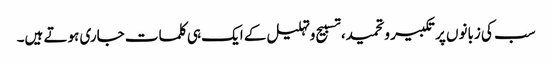
سب کی زبانوں پر تکبیر وتحمید، تسبیح وتہلیل کے ایک ہی کلمات جاری ہوتے ہیں۔